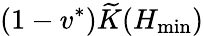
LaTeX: (1-v^{*})\widetilde K(H_{\operatorname*{min}})